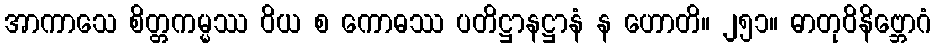
အာကာသေ စိတ္တကမ္မဿ ဝိယ စ ကောဓဿ ပတိဋ္ဌာနဋ္ဌာနံ န ဟောတိ။ ၂၅၁။ ဓာတုဝိနိဗ္ဘောဂံ